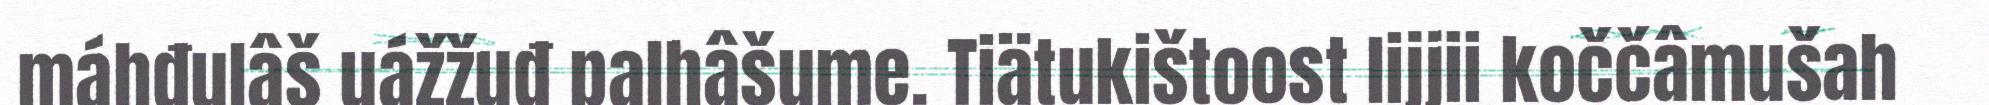
máhđulâš uážžuđ palhâšume. Tiätukištoost lijjii koččâmušah